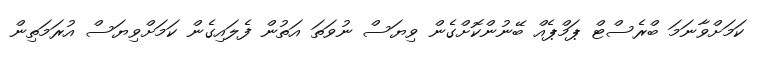
ކަމަށްވާނަމަ ބްރެސްޓް ޕަމްޕެއް ބޭނުންކޮށްގެން ވިޔަސް ނުވަތަ އަތުން ފެލައިގެން ކަމަށްވިޔަސް އުރަމަތިން